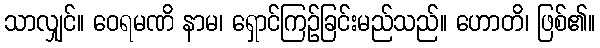
သာလျှင်။ ဝေရမဏိ နာမ၊ ရှောင်ကြဉ်ခြင်းမည်သည်။ ဟောတိ၊ ဖြစ်၏။